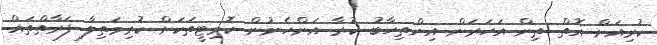
ކުރިއަށް އޮތް ތިން އަހަރަށް އިންތިހާބު ކުރާ އަންހެނުން ކޮމިޓީތަކަށް ކުރިމަތިލާ ފަރާތްތައް